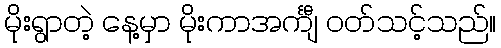
မိုးရွာတဲ့ နေ့မှာ မိုးကာအင်္ကျီ ဝတ်သင့်သည်။